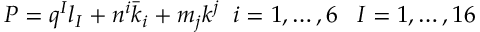
P = q ^ { I } l _ { I } + n ^ { i } { \bar { k } } _ { i } + m _ { j } k ^ { j } \; \; i = 1 , \dots , 6 \; \; \; I = 1 , \dots , 1 6